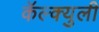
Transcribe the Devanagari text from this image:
कॅल्क्युली